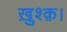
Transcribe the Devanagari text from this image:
ख़ुश्क़।